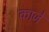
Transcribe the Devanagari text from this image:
काजे